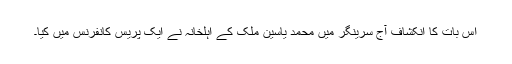
اس بات کا انکشاف آج سرینگر میں محمد یاسین ملک کے اہلخانہ نے ایک پریس کانفرنس میں کیا۔